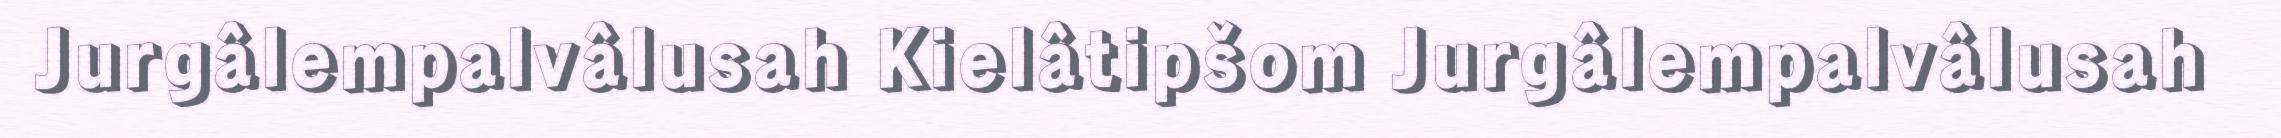
Jurgâlempalvâlusah Kielâtipšom Jurgâlempalvâlusah